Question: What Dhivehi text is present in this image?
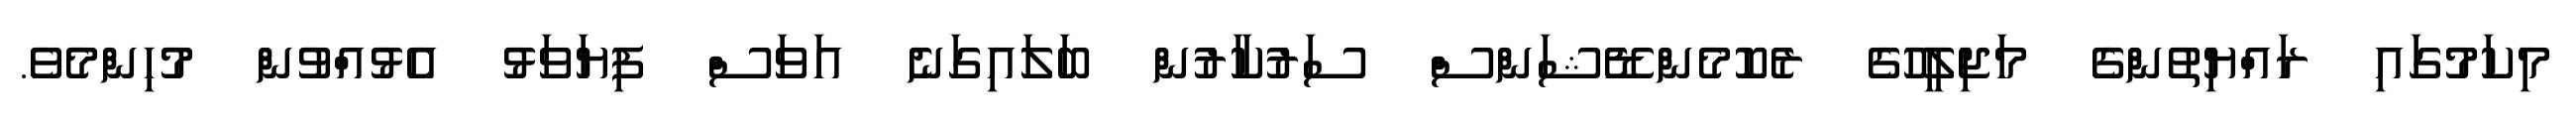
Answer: މިކަމުގައި ރައްޔިތުންގެ މަޖިލީހުގެ ރެކޮމެންޑޭޝަންސް ސަރުކާރުން ބަލައިގަނެ އަވަސް ފިޔަވަޅު އެޅުއްވުން މުހިންމެވެ.